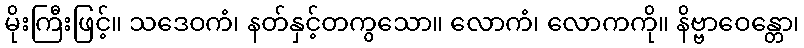
မိုးကြီးဖြင့်။ သဒေဝကံ၊ နတ်နှင့်တကွသော။ လောကံ၊ လောကကို။ နိဗ္ဗာဝေန္တော၊